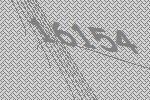
16154